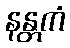
နန္တကံ